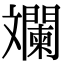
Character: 斕